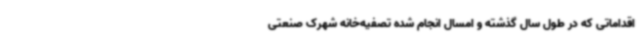
اقداماتی که در طول سال گذشته و امسال انجام شده تصفیه‌خانه شهرک صنعتی